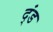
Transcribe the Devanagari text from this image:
द्ंड